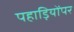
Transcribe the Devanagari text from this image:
पहाड़ियोंपर